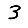
Digit: 3